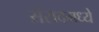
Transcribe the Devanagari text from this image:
संसदमध्ये